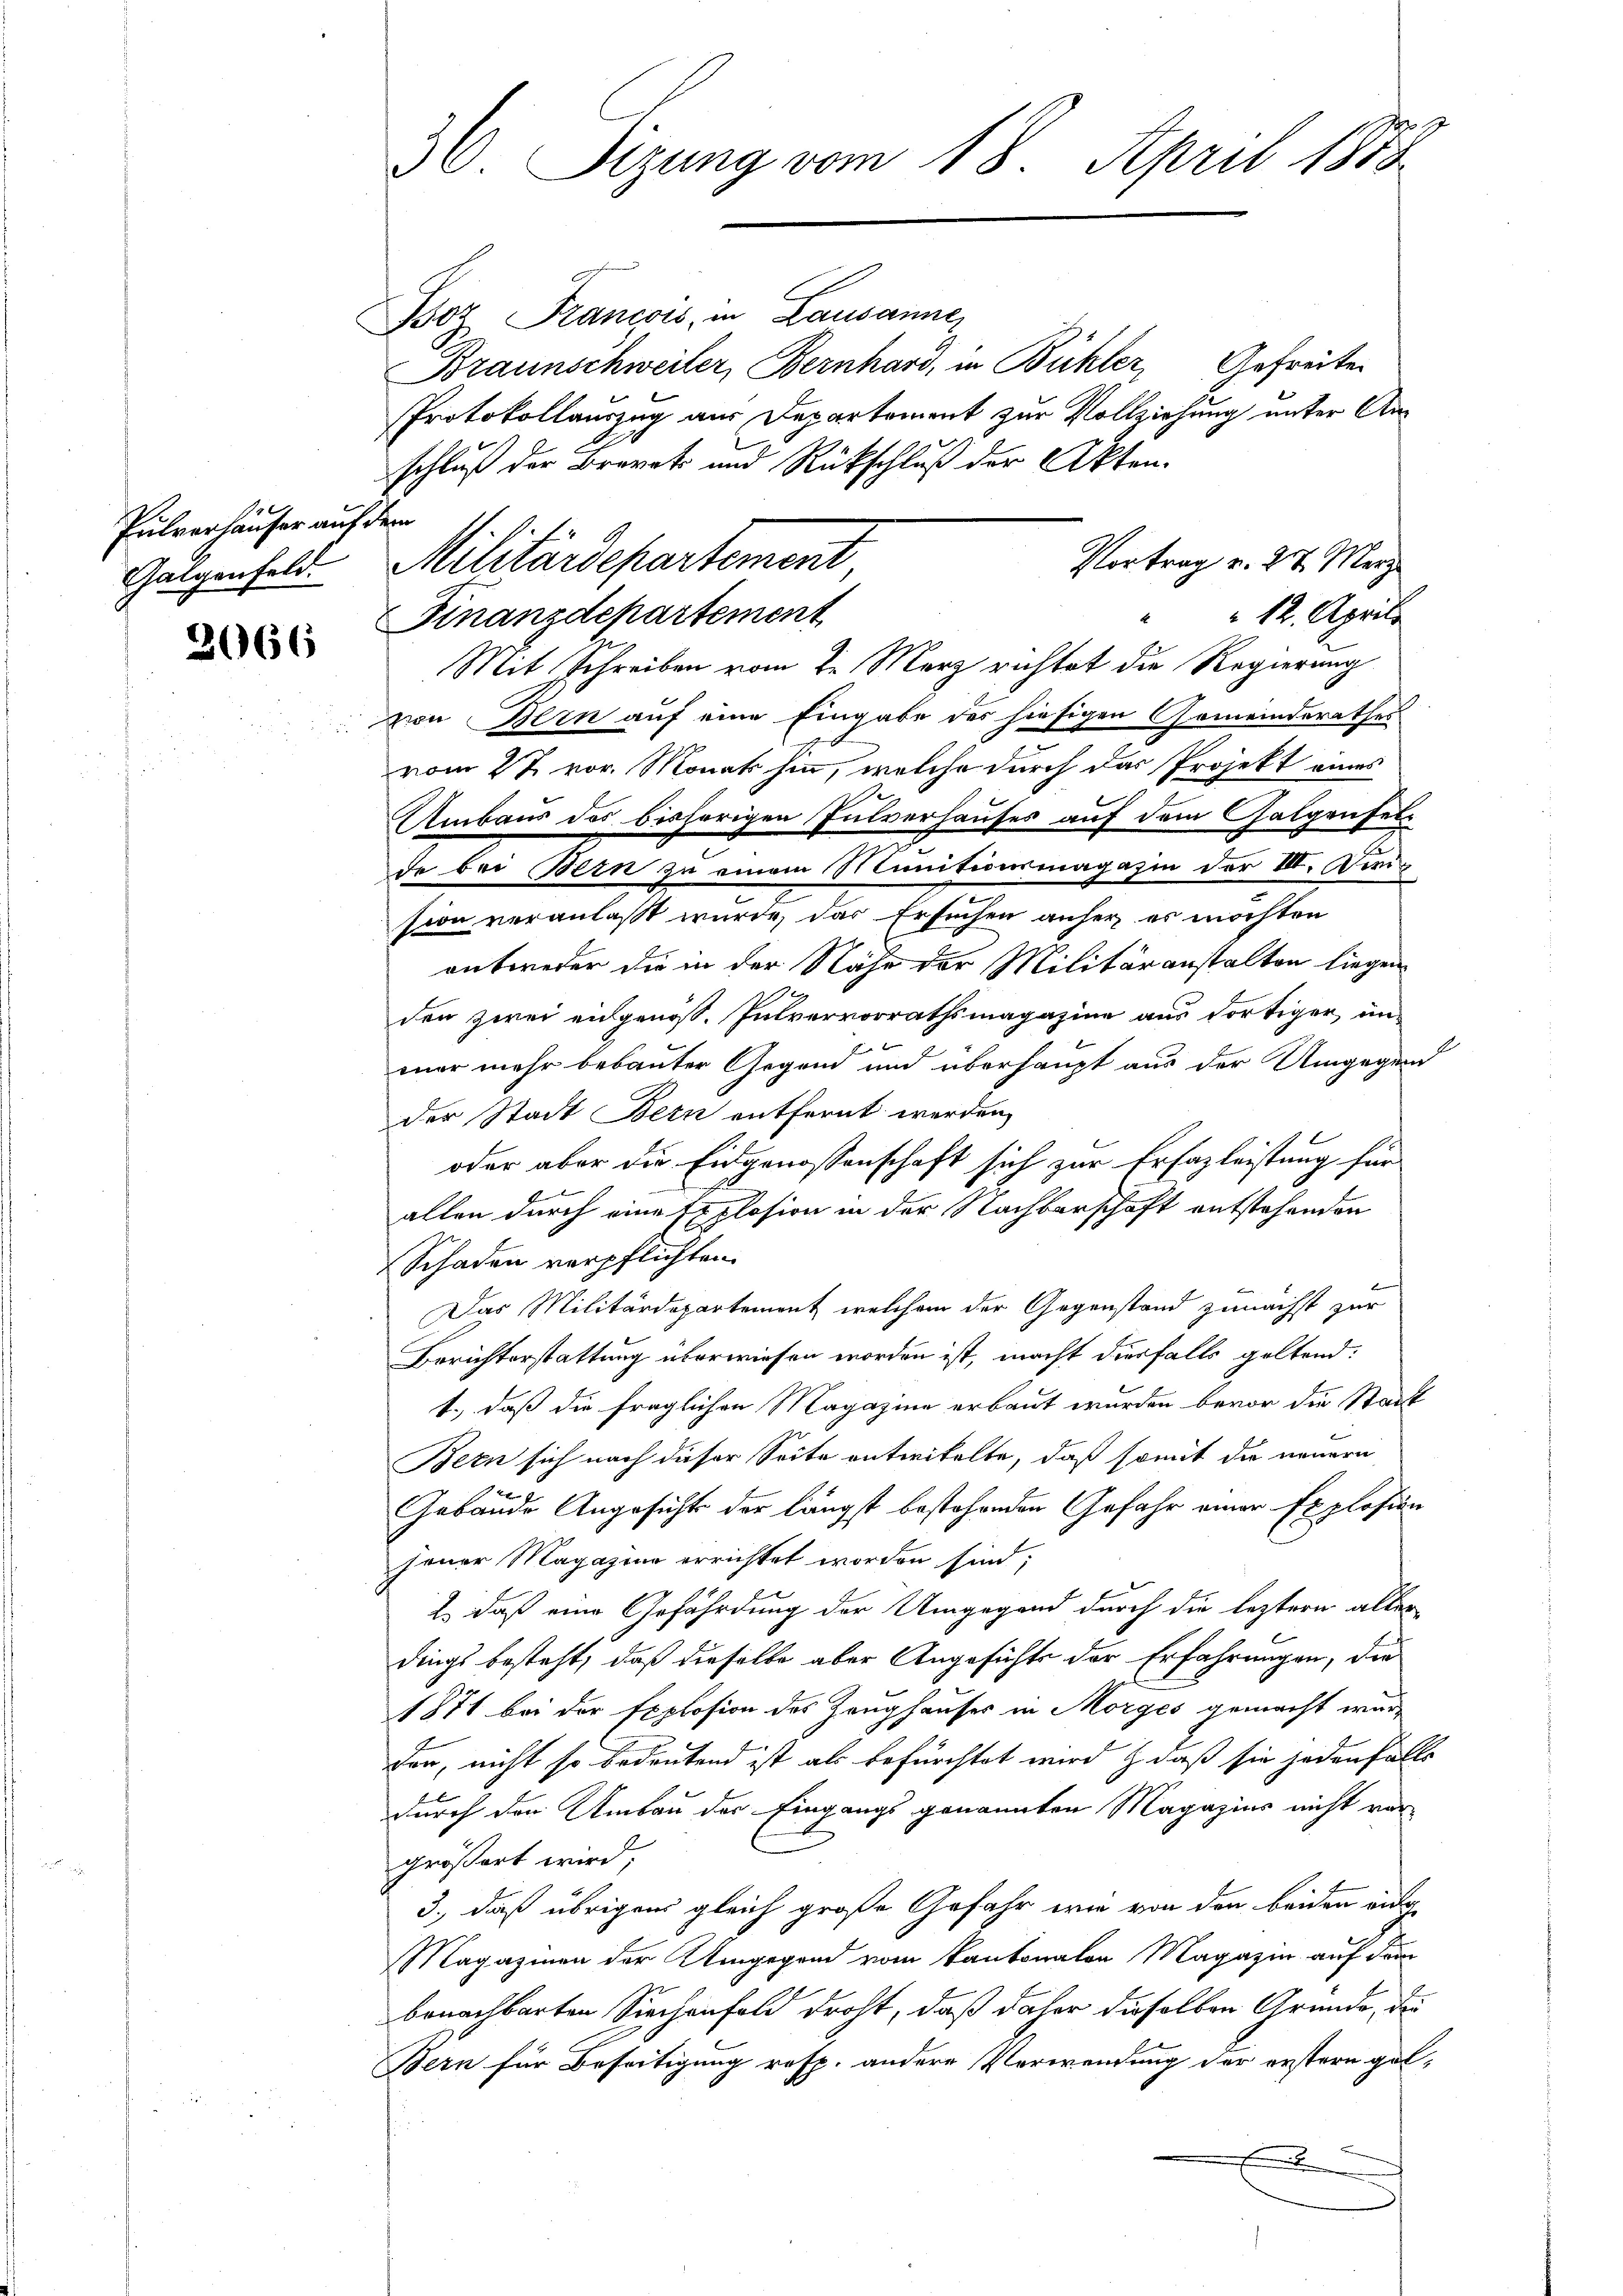
Pulverhäuser auf dem
Galgenfeld.

2066

36. Sizung vom 18. April 1888

Boz Francois, in Lausanne
Braunschweiler, Bernhard, in Bühler, Gefreite
Protokollauszug aus Departement zur Vollziehung unter Anschluß der Brevet und Rückschluß der Akten.
Finanzdepartement
Mit Schreiben vom J. Merz richtet die Regierung
von Bern auf eine Eingabe des hiesigen Gemeinderathes
vom 27. vor. Monat hin, welche durch das Projekt eines
2
Umbaus des bisherigen Fulverhauses auf dem Galgenselde bei Bern zu einem Munitionsmagazin der III. Orig
sion veranlaßt wurde, das Ersuchen anher es möchten
entweder die in der Nähe der Militäranstalten liegen
den zwei angenoss. Pulvervorrathsmagazine aus dortiger unmar mehr bebauter Gegend und überhaupt aus der Umgegend
der Stadt Bern entfernt werden,
oder aber die Eidgenossenschaft sich zur Erfazleistung für
allen durch eine Explosion in der Nachbarschaft entstehenden
Schaden verpflichten
Eier
Das Militärdepartement, welchem der Gegenstand zunächst zur
Berichterstattung überwiesen worden ist, macht diesfalls geltend:
t., daß die fraglichen Magazine erbaut wurden bevor die Stadt
Bern sich nach dieser Seite entwickelte, daß somit die neuern
Gebäude Angesichts der längst bestehenden Gefahr einer Explosion
jener Magazine errichtet worden sind;
2) daß eine Gefährdung der Umgegend durch die leztern aller
dings besteht, daß dieselbe aber Angesicht der Erfahrungen, die
1871 bei der Explosion des Zeughauses in Morges gemacht wurd
den, nicht so bedeutend ist als befürchtet wird & daß sie jedenfalls
durch den Umbau der Eingangs genannten Magazins nicht vorgrößert wird,
3., daß übrigen gleich große Gefahr wie von den beiden aufr
Magazinen der Umgegend vom Kantonalen Magazin auf dem
benachbarten Siechenfeld droht, daß daher dieselben Grunde, die
Bern für Beseitigung resp. andere Verwendung der erstern gel¬

Vortrag v. 27. März
Militärdepartement

" " 12. April